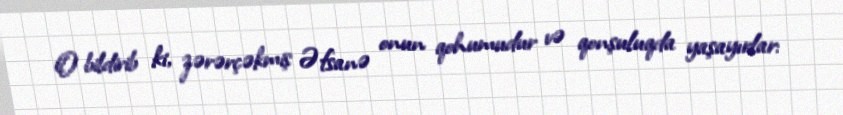
O bildirib ki, zərərçəkmiş Əfsanə onun qohumudur və qonşuluqda yaşayırlar: